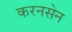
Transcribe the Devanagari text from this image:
करनसेन